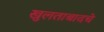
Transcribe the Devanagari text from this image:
खुलताबादचे